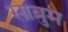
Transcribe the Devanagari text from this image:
साब्रुम